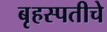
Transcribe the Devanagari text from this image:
बृहस्पतीचे